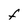
Character: F